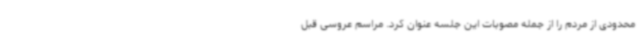
محدودی از مردم را از جمله مصوبات این جلسه عنوان کرد. مراسم عروسی قبل